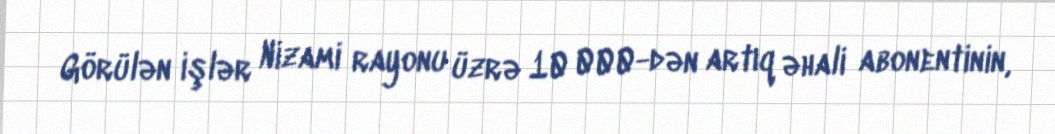
Görülən işlər Nizami rayonu üzrə 10 000-dən artıq əhali abonentinin,